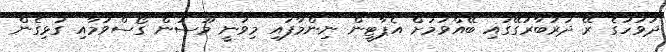
ދުވަހުގެ ރޭ ދަރުބާރުގޭގައި ބޭއްވުމަށް އެޕާޓީން ނިންމާފައި މިވަނީ މޫސުން ގޯސްވުމާއި ގުޅިގެން